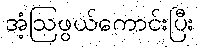
အံ့ဩဖွယ်ကောင်းပြီး